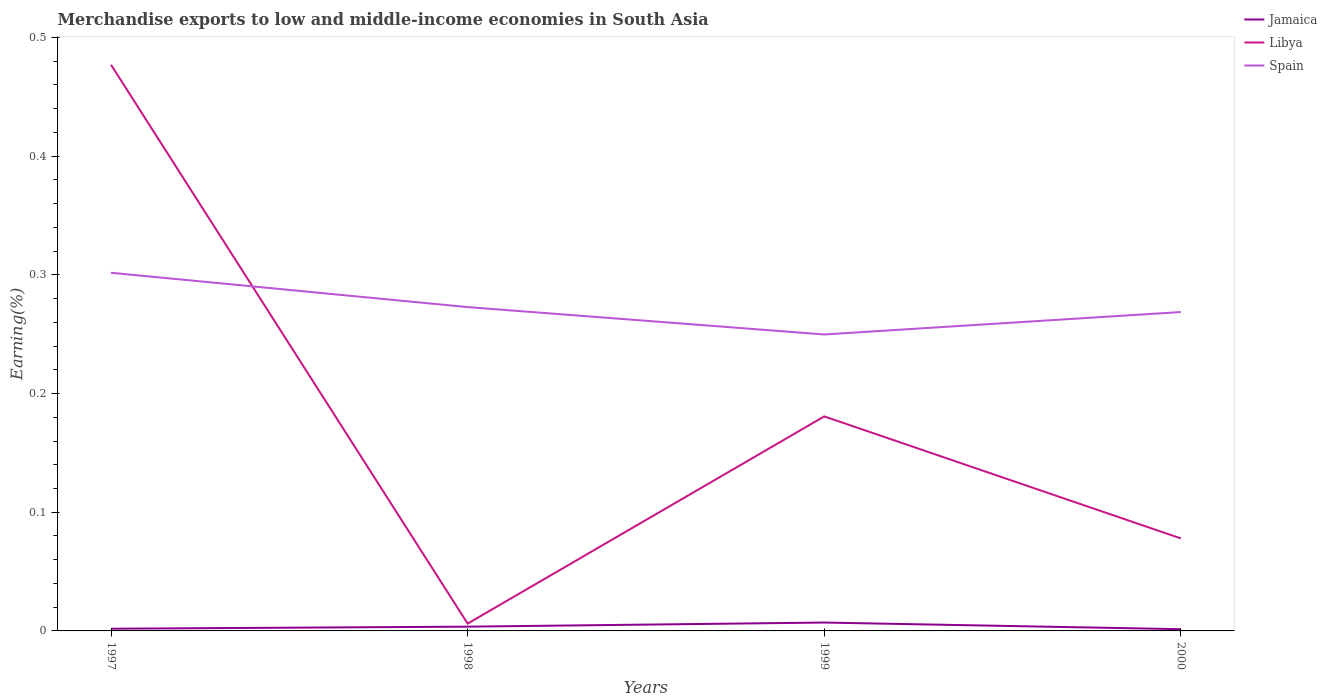
| Years | Jamaica | Libya | Spain |
 | --- | --- | --- | --- |
 | 1997 | 0.00185 | 0.477 | 0.302 |
 | 1998 | 0.00359 | 0.00618 | 0.273 |
 | 1999 | 0.00706 | 0.181 | 0.25 |
 | 2000 | 0.00147 | 0.0779 | 0.269 |